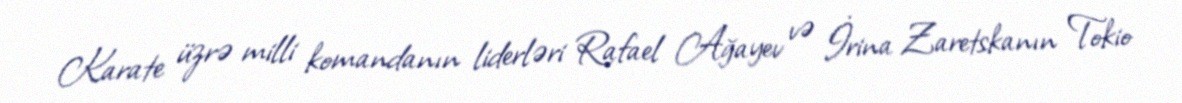
Karate üzrə milli komandanın liderləri Rafael Ağayev və İrina Zaretskanın Tokio